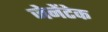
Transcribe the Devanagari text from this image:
जेनेंटेक